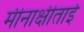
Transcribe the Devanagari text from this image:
मीनाक्षीताई